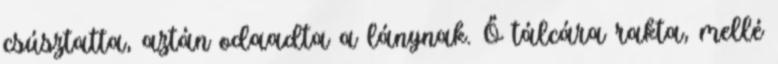
csúsztatta, aztán odaadta a lánynak. Ő tálcára rakta, mellé